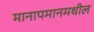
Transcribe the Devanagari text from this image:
मानापमानमधील